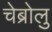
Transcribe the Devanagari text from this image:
चेब्रोलु